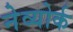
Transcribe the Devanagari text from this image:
नेव्योर्क